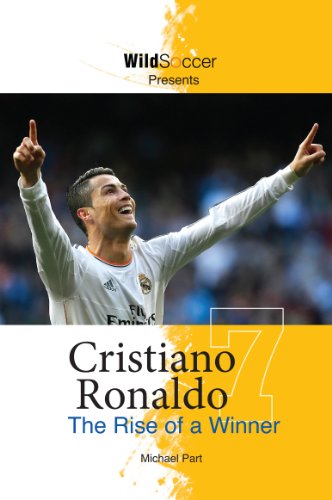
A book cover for Cristiano Ronaldo The Rise of a Winner; Michael Part; Sports & Outdoors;